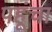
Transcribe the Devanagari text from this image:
पहूंचा